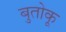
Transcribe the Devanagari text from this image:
बुतोकू